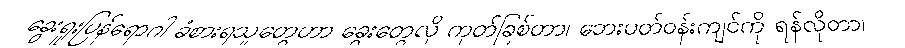
ခွေးရူးပြန်ရောဂါ ခံစားရသူတွေဟာ ခွေးတွေလို ကုတ်ခြစ်တာ၊ ဘေးပတ်ဝန်းကျင်ကို ရန်လိုတာ၊